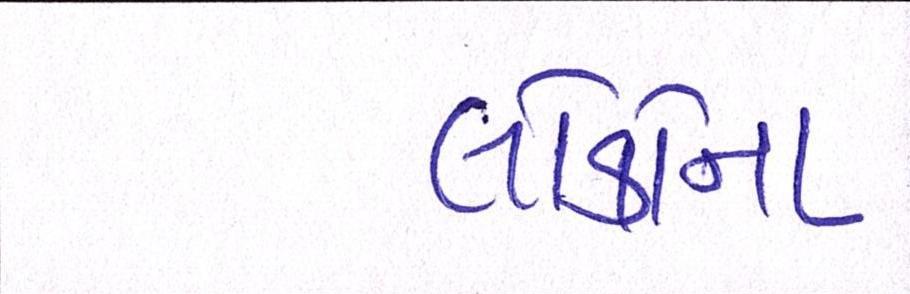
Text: લોકોના